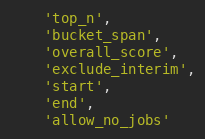
Language: JavaScript
    'top_n',
    'bucket_span',
    'overall_score',
    'exclude_interim',
    'start',
    'end',
    'allow_no_jobs'